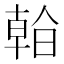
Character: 𣉙